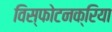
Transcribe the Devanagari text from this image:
विस्फोटनक्रिया